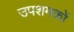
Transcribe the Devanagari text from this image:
उपशमकों